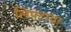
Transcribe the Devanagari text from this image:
लिपटाया